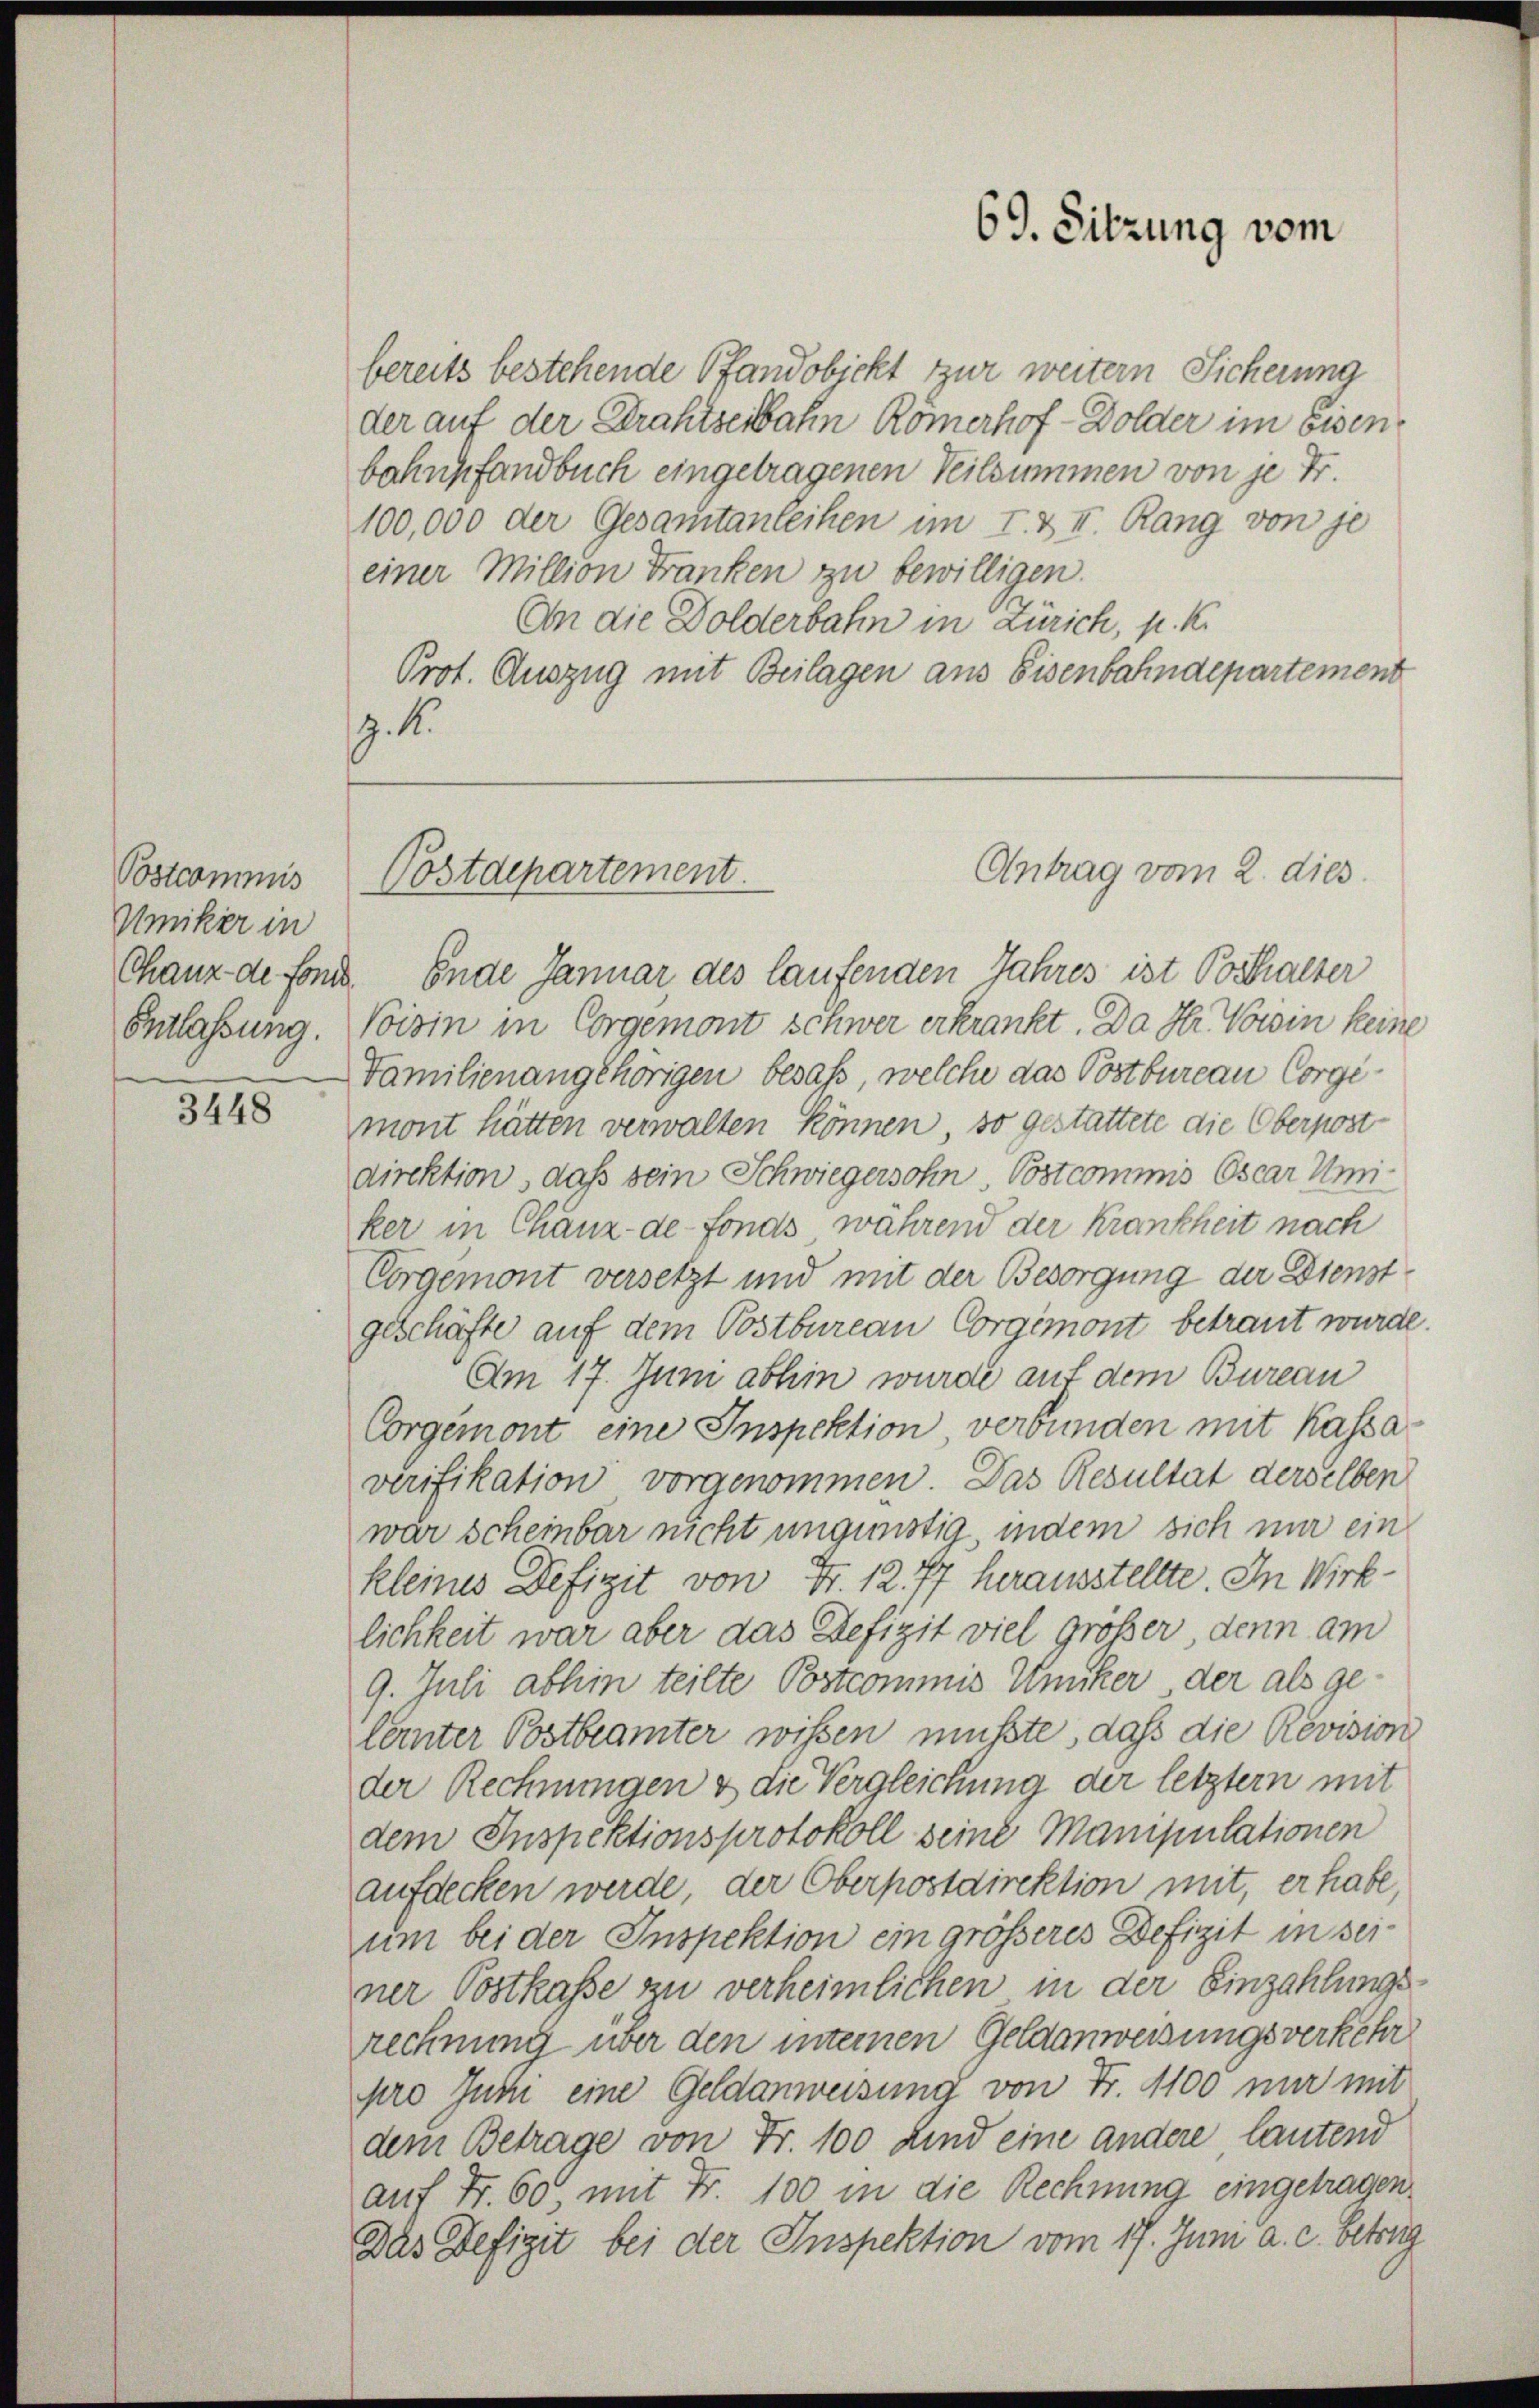
Postcommis
Umiker in
Entlassung.

3448

bereits bestehende Pfandobjekt zur weitern Sicherung
der auf der Drahtserbahn Römerhof - Dolder im Eisenbahnpfandbuch eingetragenen Teilsummen von je Fr.
100,000 der Gesamtanteihen im I. & II. Rang von je
einer Million Franken zu bewilligen.
An die Dolderbahn in Zürich, p. K.
Prot. Auszug mit Beilagen aus Eisenbahndepartement
z. R.

Postdepartement

69. Sitzung vom

Antrag vom 2. dies

Chanz de fond. Ende Januar des laufenden Jahres ist Potthalter
Voisin in Corgemont schwer erkrankt. Da Hr. Vorin keine
Familienangehörigen besaß, welche das Postbureau Corgimont hätten verwalten können, so gestattete die Oberpost
direktion, daß sein Schwiegersohn Postcommis Oscar Uniker in Chanz-de-Fonds während der Krankheit nach
Corgemont versetzt und mit der Besorgung der Dienstgeschäfte auf dem Postbureau Corgemont betraut wurde.
Am 17. Juni abhin wurde auf dem Bureau
Corgemont eine Inspektion, verbunden mit Kassaverifikation vorgenommen. Das Resultat derselben
war scheinbar nicht ungünstig, indem sich nur ein
kleines Defizit von Fr. 12. 77 herausstellte. In Wirklichkeit war aber das Defizit viel größer, denn am
9. Juli abhin teilte Postcommis Uniker der als ge¬
Ceter Postbeamter wißen müßte, daß die Revision
der Rechnungen & die Vergleichung der letztern mit
dem Inspektionsprotokoll seine Manipulationen
aufdecken werde, der Oberpostdirektion mit, er habe,
um bei der Inspektion ein größeres Defizit in seiner Postkasse zu verheimlichen in der Einzahlungsrechnung über den internen Geldanweisungsverkehr
pro Juni eine Geldanweisung von Fr. 1100 nur mit
dem Betrage von Fr. 100 und eine andere lautend
auf Fr. 60. mit Fr. 100 in die Rechnung eingetragen.
Das Defizit bei der Inspektion vom 17. Juni a. c. betrag